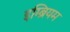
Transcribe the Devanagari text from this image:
इम्ब्रियम